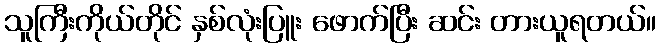
သူကြီးကိုယ်တိုင် နှစ်လုံးပြူး ဖောက်ပြီး ဆင်း တားယူရတယ်။